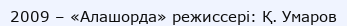
2009 – «Алашорда» режиссері: Қ. Умаров